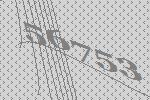
56753